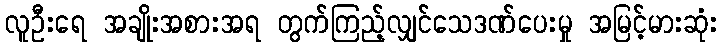
လူဦးရေ အချိုးအစားအရ တွက်ကြည့်လျှင်သေဒဏ်ပေးမှု အမြင့်မားဆုံး